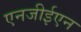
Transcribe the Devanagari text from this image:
एनजीईएन